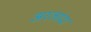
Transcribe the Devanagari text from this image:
अरलांदा